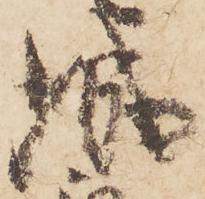
城